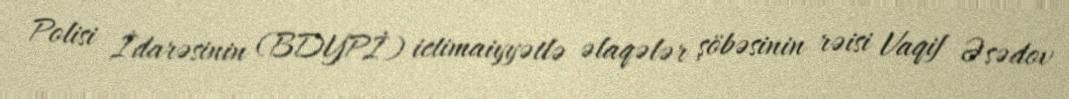
Polisi İdarəsinin (BDYPİ) ictimaiyyətlə əlaqələr şöbəsinin rəisi Vaqif Əsədov